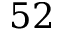
5 2